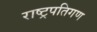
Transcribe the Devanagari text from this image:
राष्ट्रपतिगण